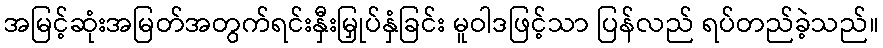
အမြင့်ဆုံးအမြတ်အတွက်ရင်းနှီးမြှုပ်နှံခြင်း မူဝါဒဖြင့်သာ ပြန်လည် ရပ်တည်ခဲ့သည်။